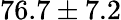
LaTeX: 76.7\pm 7.2